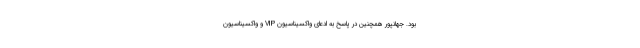
بود. جهانپور همچنین در پاسخ به ادعای واکسیناسیون VIP و واکسیناسیون